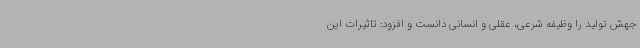
جهش تولید را وظیفه شرعی، عقلی و انسانی دانست و افزود: تاثیرات این